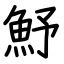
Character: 魣